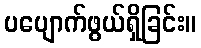
ပပျောက်ဖွယ်ရှိခြင်း။